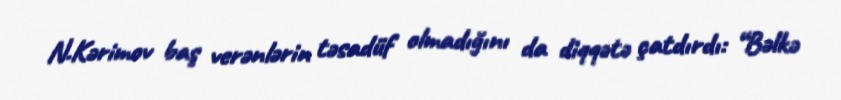
N.Kərimov baş verənlərin təsadüf olmadığını da diqqətə çatdırdı: “Bəlkə